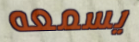
يسمعه